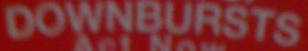
DOWNBURSTS